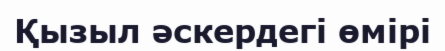
Қызыл әскердегі өмірі